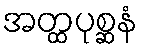
အတ္ထပုစ္ဆနံ